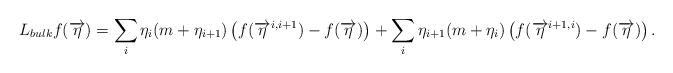
LaTeX: \begin{align*}L_{bulk} f(\overrightarrow{\eta})=\sum_i \eta_i (m+\eta_{i+1}) \left( f(\overrightarrow{\eta}^{i,i+1}) -f(\overrightarrow{\eta}) \right)+\sum_i \eta_{i+1} (m+\eta_{i}) \left( f(\overrightarrow{\eta}^{i+1,i}) -f(\overrightarrow{\eta}) \right).\end{align*}